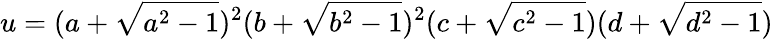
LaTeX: u=(a+{\sqrt{a^{2}-1}})^{2}(b+{\sqrt{b^{2}-1}})^{2}(c+{\sqrt{c^{2}-1}})(d+{\sqrt{d^{2}-1}})